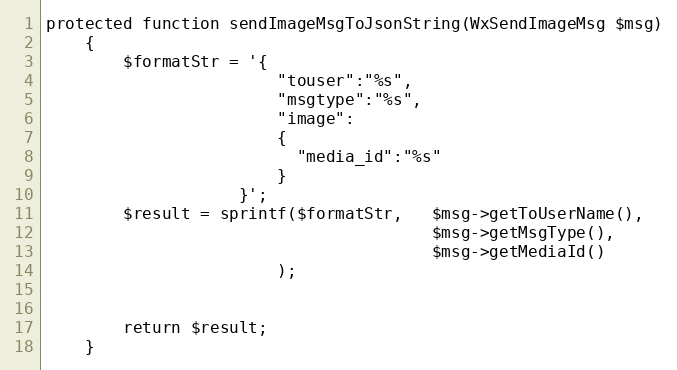
Language: PHP
protected function sendImageMsgToJsonString(WxSendImageMsg $msg)
    {
        $formatStr = '{
                        "touser":"%s",
                        "msgtype":"%s",
                        "image":
                        {
                          "media_id":"%s"
                        }
                    }';
        $result = sprintf($formatStr,   $msg->getToUserName(),
                                        $msg->getMsgType(),
                                        $msg->getMediaId()
                        );

        return $result;
    }